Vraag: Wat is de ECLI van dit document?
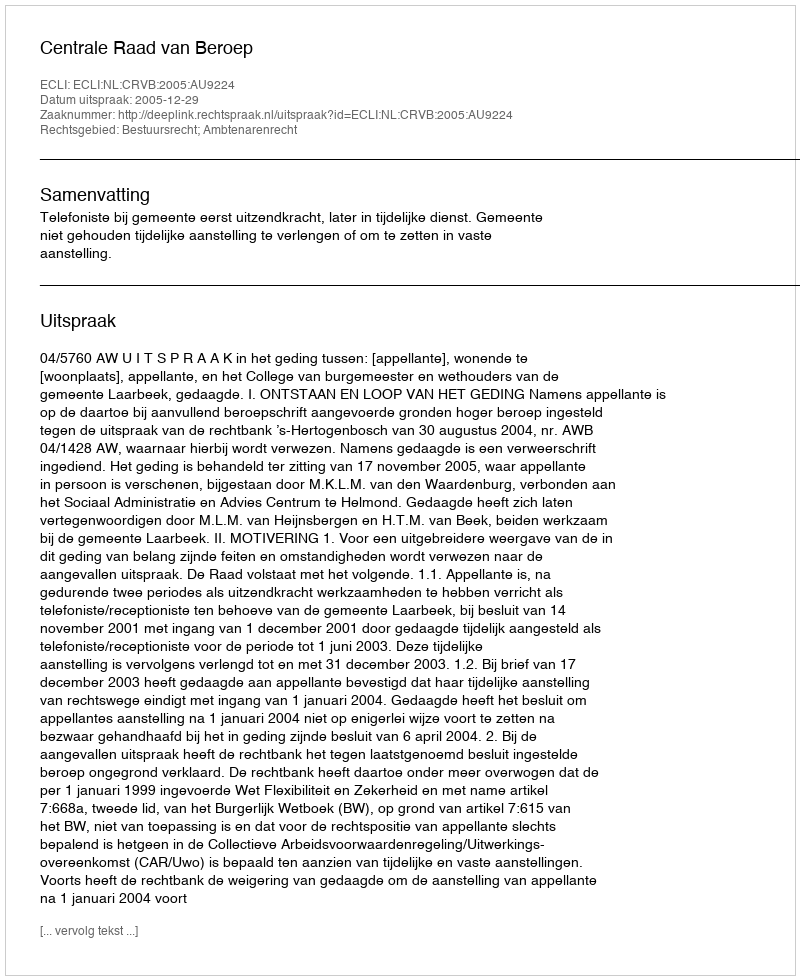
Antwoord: ECLI:NL:CRVB:2005:AU9224